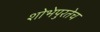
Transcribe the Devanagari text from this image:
शोभेपुरतेच